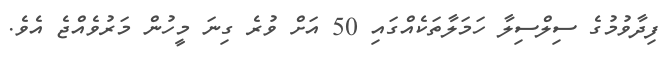
ފިދާވުމުގެ ސިލްސިލާ ހަމަލާތަކެއްގައި 50 އަށް ވުރެ ގިނަ މީހުން މަރުވެއްޖެ އެވެ.